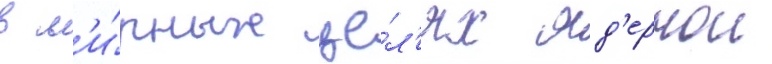
в м'и́рных це́л'ях яд'ернои